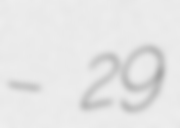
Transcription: – 29